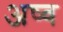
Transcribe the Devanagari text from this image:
अष्व